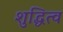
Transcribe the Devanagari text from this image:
शुद्धित्व